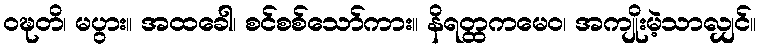
ဝဍ္ဎတိ၊ မပွား။ အထခေါ၊ စင်စစ်သော်ကား။ နိရတ္ထကမေဝ၊ အကျိုးမဲ့သာလျှင်။